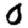
Digit: 0